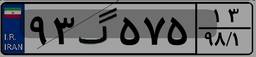
۹۳گ۵۷۵۱۳